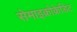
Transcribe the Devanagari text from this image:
सेमाइक्रोक्रेडिट